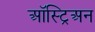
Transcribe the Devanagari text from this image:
ऑस्ट्रिअन